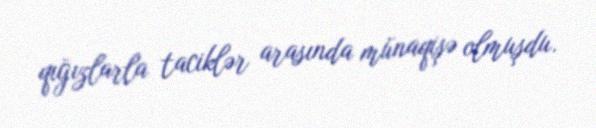
qığızlarla taciklər arasında münaqişə olmuşdu.